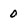
Character: 0